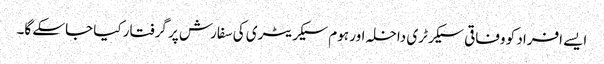
ایسے افراد کو وفاقی سیکرٹری داخلہ اور ہوم سیکریٹری کی سفارش پر گرفتار کیا جاسکے گا۔